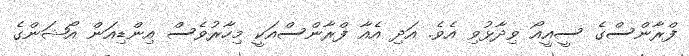
ފްރާންސްގެ ސީއީއޯ ވިދާޅުވި އެވެ. އަދި އެއާ ފްރާންސްއަކީ މިހާރުވެސް އިންޑިއަން އޯޝަންގެ